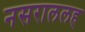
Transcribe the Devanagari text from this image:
नसराललह